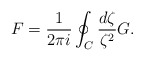
\begin{align*}F=\frac{1}{2\pi i}\oint_C \frac{d\zeta}{\zeta^2} G.\end{align*}